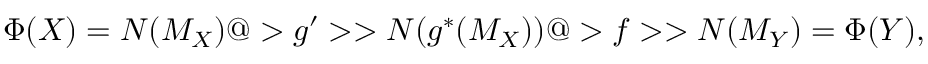
\Phi ( X ) = N ( M _ { X } ) @ > g ^ { \prime } > > N ( g ^ { * } ( M _ { X } ) ) @ > f > > N ( M _ { Y } ) = \Phi ( Y ) ,